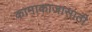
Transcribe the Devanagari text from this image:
कामाकाजासाठी